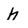
Character: h